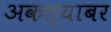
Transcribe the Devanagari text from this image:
अकत्याबर